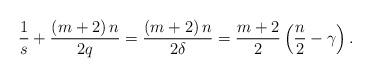
LaTeX: \begin{align*} \frac 1 s +\frac {\left(m+2\right)n}{ 2 q} = \frac{\left(m+2\right)n}{2 \delta} =\frac {m+2} 2 \left( \frac n 2 - \gamma\right).\end{align*}